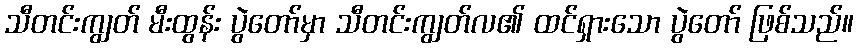
သီတင်းကျွတ် မီးထွန်း ပွဲတော်မှာ သီတင်းကျွတ်လ၏ ထင်ရှားသော ပွဲတော် ဖြစ်သည်။